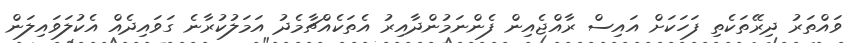
ވައްތަރު ދިރޭތަކެތި ފަހަކަށް އައިސް ރާއްޖެއިން ފެންނަމުންދާއިރު އެތަކެއްޗާމެދު އަމަލުކުރާނެ ގަވައިދެއް އެކުލަވައިލަން